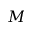
M